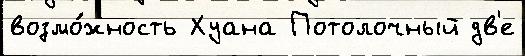
возмо́жность Хуана Потолочный дв'е